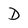
Character: D